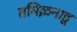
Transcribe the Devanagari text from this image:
तमिऴनाडू